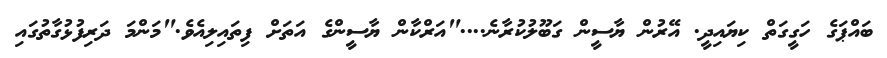
ބައްޕަގެ ހަގީގަތް ކިޔައިދީ. އޭރުން ޔާސީން ގަބޫލުކުރާނެ...."އަރްކާން ޔާސީންގެ އަތަށް ފިތައިލިއެވެ."މަންމަ ދަރިފުޅުގާތުގައި